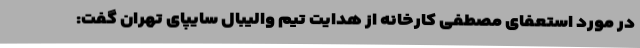
در مورد استعفای مصطفی کارخانه از هدایت تیم والیبال سایپای تهران گفت: